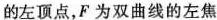
的左顶点，F为双曲线的左焦